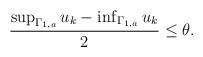
LaTeX: \begin{align*} \begin{aligned} \frac{\sup_{\Gamma_{1,a}}u_k-\inf_{\Gamma_{1,a}}u_k}{2}\leq \theta. \end{aligned} \end{align*}